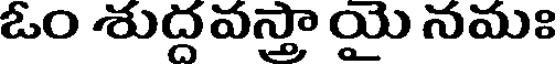
ఓం శుద్దవస్తా యై నమః